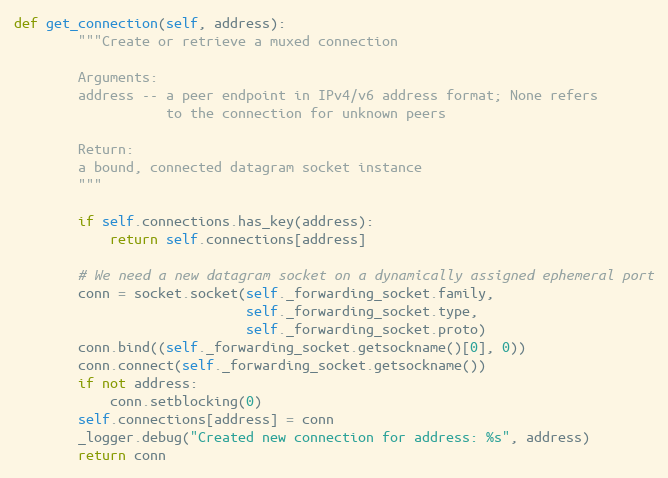
Language: Python
def get_connection(self, address):
        """Create or retrieve a muxed connection

        Arguments:
        address -- a peer endpoint in IPv4/v6 address format; None refers
                   to the connection for unknown peers

        Return:
        a bound, connected datagram socket instance
        """

        if self.connections.has_key(address):
            return self.connections[address]

        # We need a new datagram socket on a dynamically assigned ephemeral port
        conn = socket.socket(self._forwarding_socket.family,
                             self._forwarding_socket.type,
                             self._forwarding_socket.proto)
        conn.bind((self._forwarding_socket.getsockname()[0], 0))
        conn.connect(self._forwarding_socket.getsockname())
        if not address:
            conn.setblocking(0)
        self.connections[address] = conn
        _logger.debug("Created new connection for address: %s", address)
        return conn